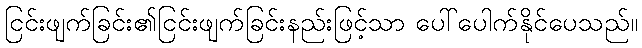
ငြင်းဖျက်ခြင်း၏ငြင်းဖျက်ခြင်းနည်းဖြင့်သာ ပေါ်ပေါက်နိုင်ပေသည်။